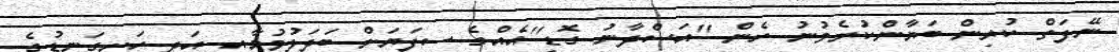
ނޭފަތް ކުރިން ބަޔާންކުރެވުނު ހެން ''އަސްދާނު ގޮޑި''އެއްގެ ސިފަޔަށް ބަދަލުވުމާއި އަދި ހަށިގަނޑުގެ